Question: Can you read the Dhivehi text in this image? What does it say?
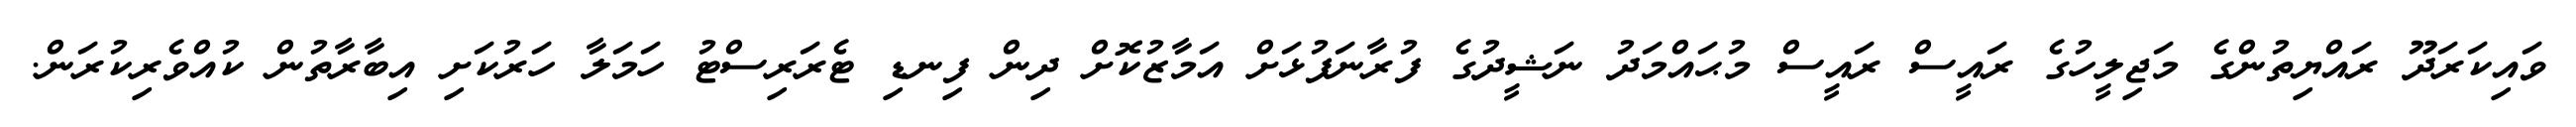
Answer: ވައިކަރަދޫ ރައްޔިތުންގެ މަޖިލީހުގެ ރައީސް ރައީސް މުޙައްމަދު ނަޝީދުގެ ފުރާނަފުޅަށް އަމާޒުކޮށް ދިން ފިނޑި ޓެރަރިސްޓު ހަމަލާ ހަރުކަށި އިބާރާތުން ކުއްވެރިކުރަން.